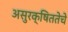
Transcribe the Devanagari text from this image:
असुरक्षिततेचे